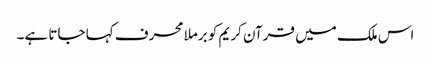
اس ملک میں قرآن کریم کو برملا محرف کہا جاتا ہے۔